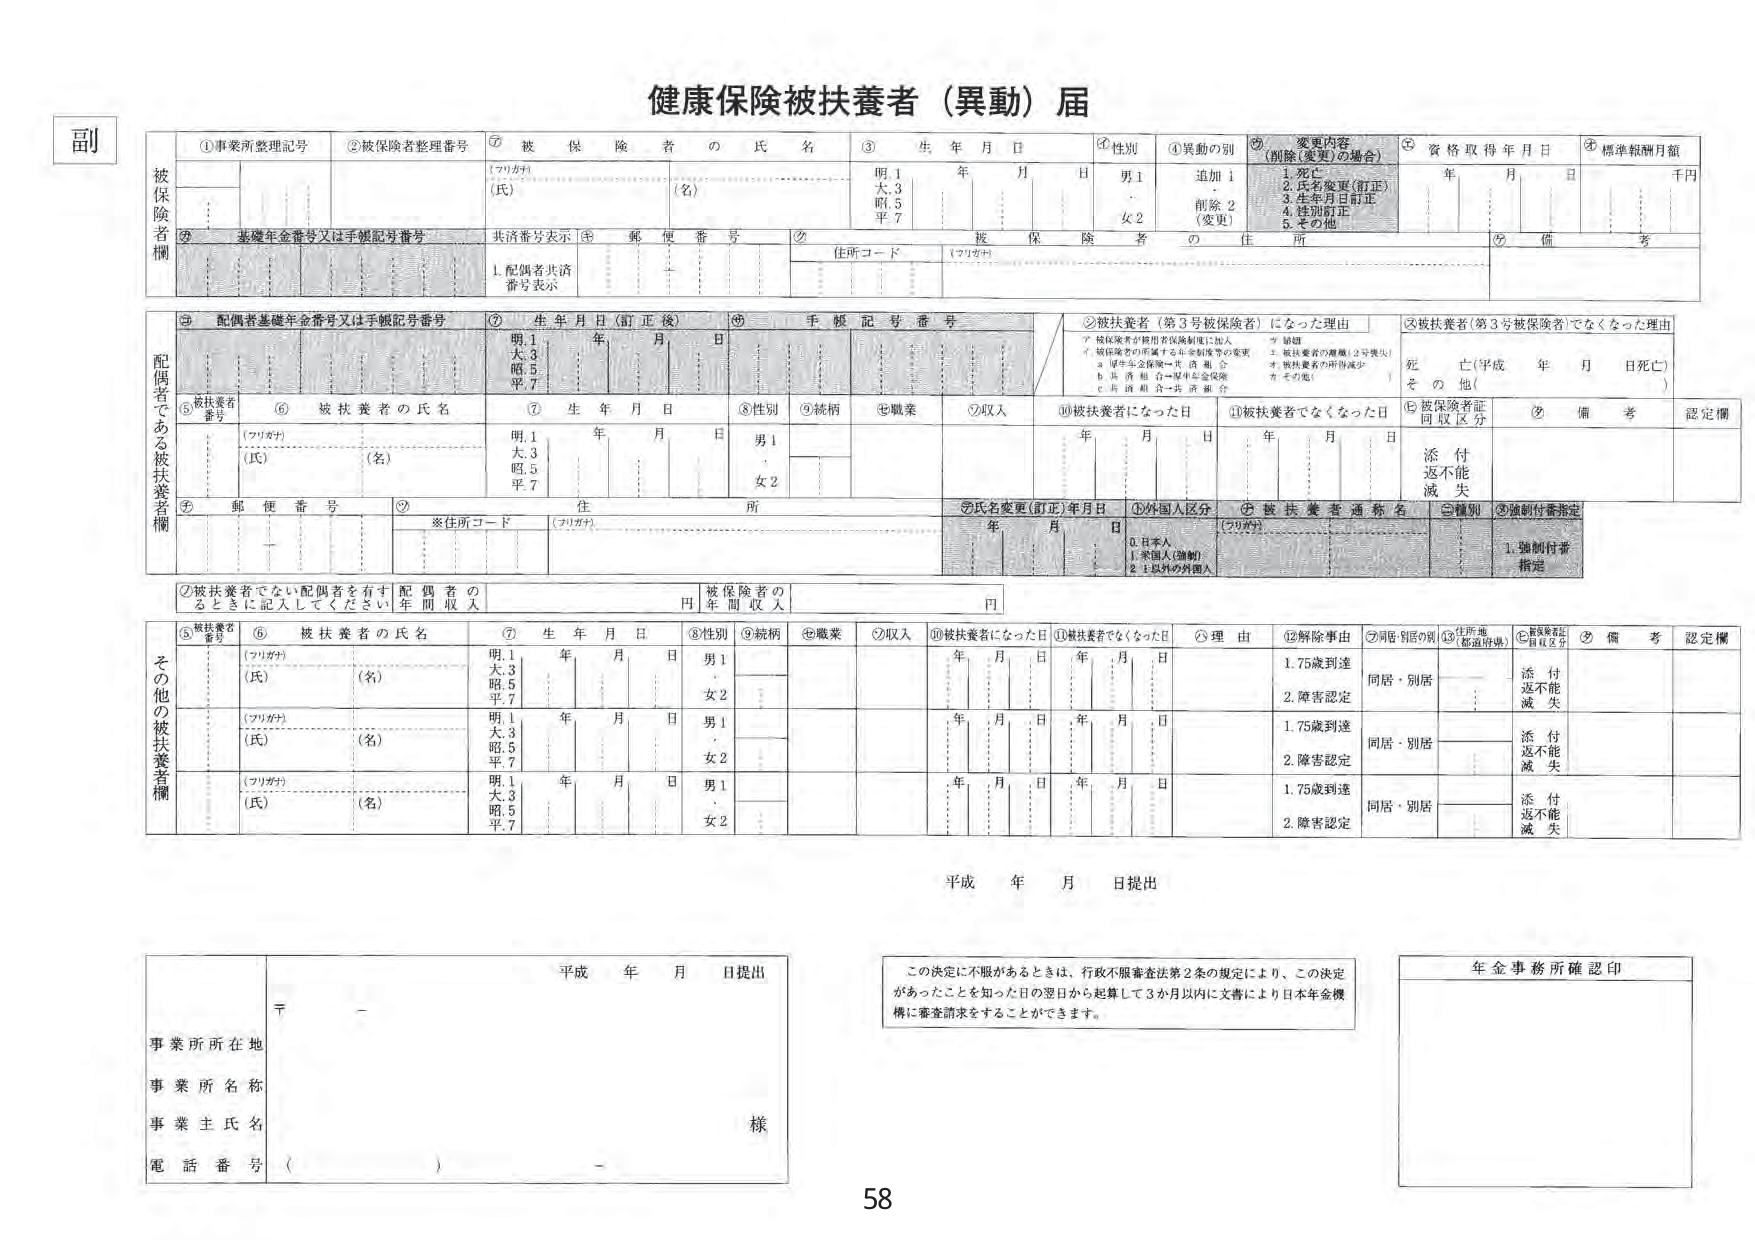
健康保険被扶養者（異動）届

副

被保険者欄

①事業所整理記号
②被保険者整理番号
③被保険者の氏名
③生年月日
④性別
④異動の別
⑤変更内容（削除（変更）の場合）
⑥資格取得年月日
⑦標準報酬月額

（フリガナ）
（氏）
（名）
明.1
大.3
昭.5
平.7
年 月 日
男1
女2
追加1
削除2
（変更）
1.死亡
2.氏名変更（訂正）
3.生年月日訂正
4.性別訂正
5.その他
年 月 日
千円

⑧基礎年金番号又は手帳記号番号
共済番号表示
⑨郵便番号
⑩住所コード
（フリガナ）
被保険者の住所
⑪備考

1.配偶者共済番号表示

配偶者である被扶養者欄

⑫配偶者基礎年金番号又は手帳記号番号
⑬生年月日（訂正後）
⑭手帳記号番号
⑮被扶養者（第3号被保険者）になった理由
⑯被扶養者（第3号被保険者）でなくなった理由

明.1
大.3
昭.5
平.7
年 月 日
被保険者が被用者保険制度に加入
被扶養者の所属する年金制度の変更
厚生年金保険→共済組合
共済組合→厚生年金保険
共済組合→共済組合
その他
結婚
被扶養者の離職（3号喪失）
被扶養者の所得減少
その他
死亡（平成 年 月 日死亡）
その他（ ）

⑤被扶養者番号
⑥被扶養者の氏名
⑦生年月日
⑧性別
⑨続柄
⑩職業
⑪収入
⑫被扶養者になった日
⑬被扶養者でなくなった日
⑭被保険者証同収区分
⑮備考
認定欄

（フリガナ）
（氏）
（名）
明.1
大.3
昭.5
平.7
年 月 日
男1
女2
年 月 日
年 月 日
添付
返不能
滅失

④郵便番号
⑯※住所コード
（フリガナ）
住 所
⑰氏名変更（訂正）年月日
⑱外国人区分
⑲被扶養者通称名
⑳種別
㉑強制付番指定

年 月 日
0.日本人
1.米国人（強制）
2.1以外の外国人
（フリガナ）
1.強制付番指定

②被扶養者でない配偶者を有するときには記入してください
配偶者の年間収入 円
被保険者の年間収入 円

その他の被扶養者欄

⑤被扶養者番号
⑥被扶養者の氏名
⑦生年月日
⑧性別
⑨続柄
⑩職業
⑪収入
⑫被扶養者になった日
⑬被扶養者でなくなった日
⑭理由
⑮解除事由
⑯同居別居の別
⑰住所地（都道府県）
⑱被保険者証同収区分
⑲備考
認定欄

（フリガナ）
（氏）
（名）
明.1
大.3
昭.5
平.7
年 月 日
男1
女2
年 月 日
年 月 日
1.75歳到達
2.障害認定
同居・別居
添付
返不能
滅失

（フリガナ）
（氏）
（名）
明.1
大.3
昭.5
平.7
年 月 日
男1
女2
年 月 日
年 月 日
1.75歳到達
2.障害認定
同居・別居
添付
返不能
滅失

（フリガナ）
（氏）
（名）
明.1
大.3
昭.5
平.7
年 月 日
男1
女2
年 月 日
年 月 日
1.75歳到達
2.障害認定
同居・別居
添付
返不能
滅失

平成 年 月 日提出

事業所所在地
事業所名称
事業主氏名
電話番号（ ）

平成 年 月 日提出
〒 -
様

この決定に不服があるときは、行政不服審査法第2条の規定により、この決定があったことを知った日の翌日から起算して3か月以内に文書により日本年金機構に審査請求をすることができます。

年金事務所確認印

58